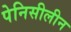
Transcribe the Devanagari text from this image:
पेनिसीलीन